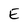
Character: E